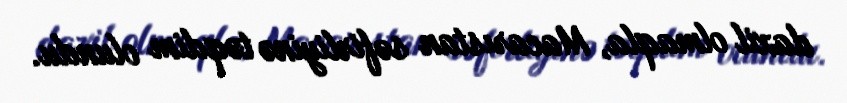
daxil olmaqla, Macarıstan səfirliyinə təqdim olundu.